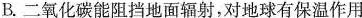
B.二氧化碳能阻挡地面辐射，对地球有保温作用